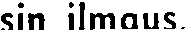
sin ilmaus.